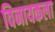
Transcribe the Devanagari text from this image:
विनायकला